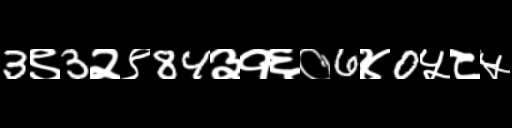
Text: 3९3२९84३१६०6४0५८५